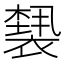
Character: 𰴆